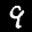
Label: 9